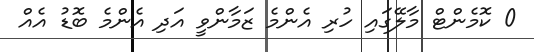
0 ކޮމެންޓް މާލޭގައި ހުރި އެންމެ ޒަމާންވީ އަދި އެންމެ ބޮޑު އެއް